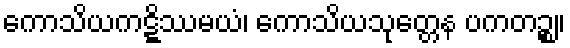
ကောသိယကဋ္ဋိဿမယံ၊ ကောသိယသုတ္တေန ပကတဉ္စ။